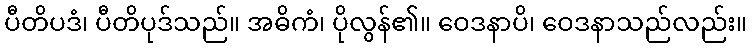
ပီတိပဒံ၊ ပီတိပုဒ်သည်။ အဓိကံ၊ ပိုလွန်၏။ ဝေဒနာပိ၊ ဝေဒနာသည်လည်း။